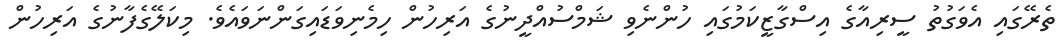
ތެރޭގައި އެވަގުތު ސީރިއާގެ އިސްގާޒީކަމުގައި ހުންނެވި ޝަމްސުއްދީނުގެ އަރިހުން ހިމެނިވަޑައިގަންނަވައެވެ. މިކަލޭގެފާނުގެ އަރިހުން